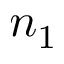
n _ { 1 }